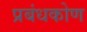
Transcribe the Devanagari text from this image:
प्रबंधकोण